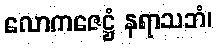
လောကဇေဋ္ဌံ နရာသဘံ၊